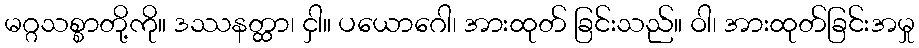
မဂ္ဂသစ္စာတို့ကို။ ဒဿနတ္ထာ၊ ငှါ။ ပယောဂေါ၊ အားထုတ် ခြင်းသည်။ ဝါ၊ အားထုတ်ခြင်းအမှု